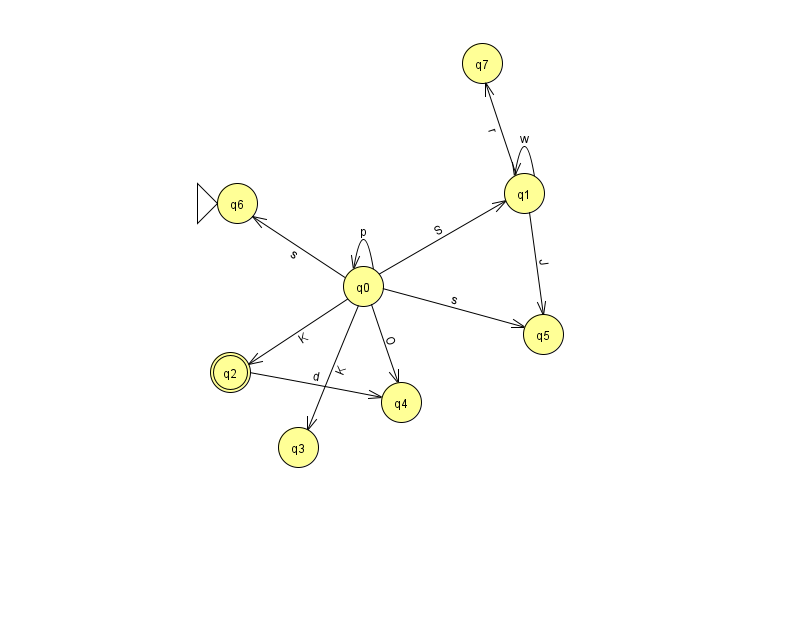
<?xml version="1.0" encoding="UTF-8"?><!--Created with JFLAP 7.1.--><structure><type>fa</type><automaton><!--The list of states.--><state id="0" name="q0"><x>363.0</x><y>273.0</y></state><state id="1" name="q1"><x>524.0</x><y>180.0</y></state><state id="2" name="q2"><x>230.0</x><y>359.0</y><final/></state><state id="3" name="q3"><x>298.0</x><y>434.0</y></state><state id="4" name="q4"><x>401.0</x><y>389.0</y></state><state id="5" name="q5"><x>543.0</x><y>321.0</y></state><state id="6" name="q6"><x>237.0</x><y>190.0</y><initial/></state><state id="7" name="q7"><x>482.0</x><y>50.0</y></state><!--The list of transitions.--><transition><from>0</from><to>0</to><read>p</read></transition><transition><from>1</from><to>5</to><read>J</read></transition><transition><from>2</from><to>4</to><read>d</read></transition><transition><from>0</from><to>2</to><read>K</read></transition><transition><from>0</from><to>5</to><read>s</read></transition><transition><from>0</from><to>4</to><read>O</read></transition><transition><from>0</from><to>6</to><read>s</read></transition><transition><from>1</from><to>1</to><read>w</read></transition><transition><from>0</from><to>1</to><read>S</read></transition><transition><from>0</from><to>3</to><read>K</read></transition><transition><from>1</from><to>7</to><read>r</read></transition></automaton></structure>